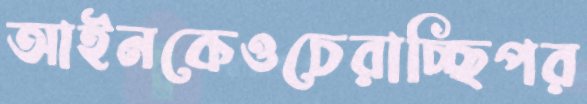
আইনকেওচেরাচ্ছিপর